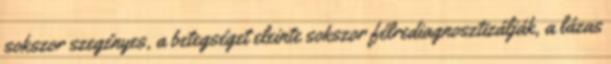
sokszor szegényes, a betegséget eleinte sokszor félrediagnosztizálják, a lázas